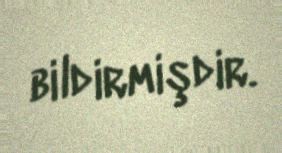
bildirmişdir.